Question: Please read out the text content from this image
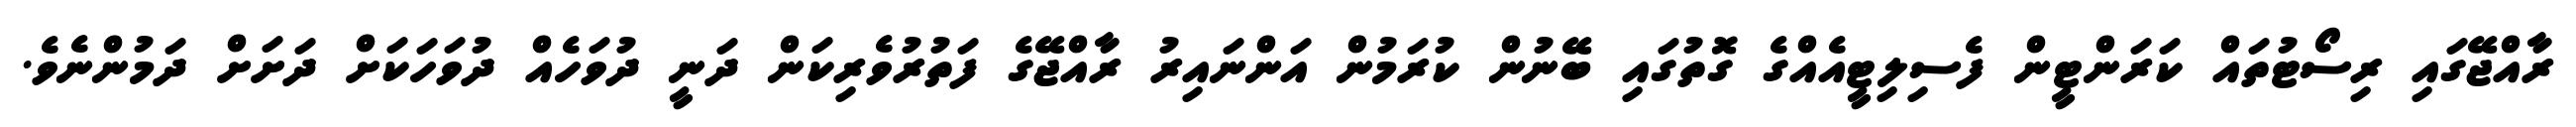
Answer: ރާއްޖޭގައި ރިސޯޓުތައް ކަރަންޓީން ފެސިލިޓީއެއްގެ ގޮތުގައި ބޭނުން ކުރަމުން އަންނައިރު ރާއްޖޭގެ ފަތުރުވެރިކަން ދަނީ ދުވަހެއް ދުވަހަކަށް ދަށަށް ދަމުންނެވެ.